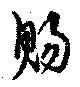
賜